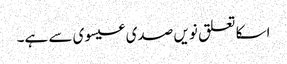
اسکا تعلق نویں صدی عیسوی سے ہے۔